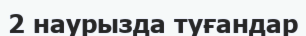
2 наурызда туғандар